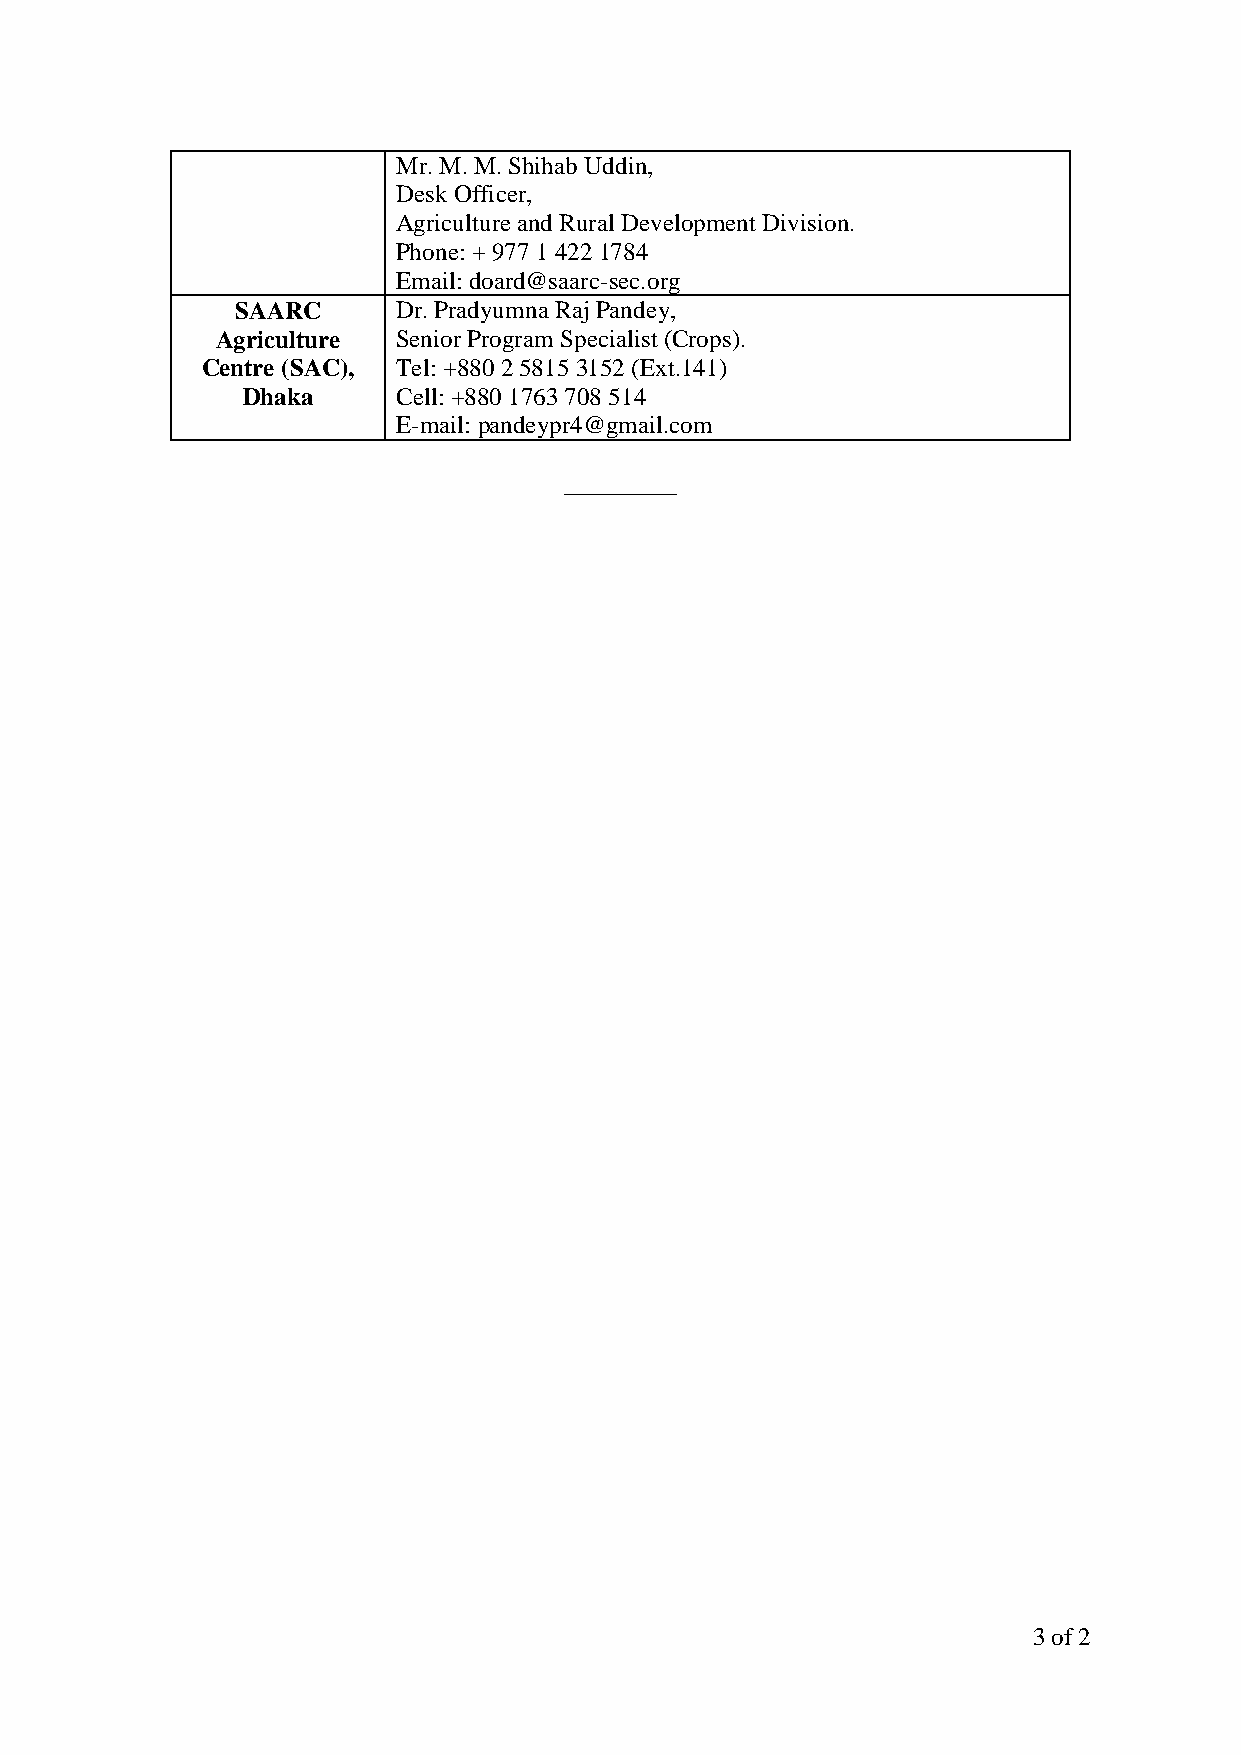
Mr. M. M. Shihab Uddin,
 Desk Officer,
 Agriculture and Rural Development Division.
 Phone: + 977 1 422 1784
 Email: doard@saarc-sec.org
 SAARC     Dr. Pradyumna Raj Pandey,
 Agriculture Senior Program Specialist (Crops).
 Centre (SAC), Tel: +880 2 5815 3152 (Ext.141)
 Dhaka     Cell: +880 1763 708 514
 E-mail: pandeypr4@gmail.com
 _________
 3 of 2